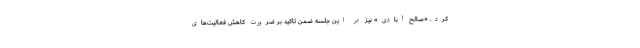
کرد. «صالح آبادی» نیز در این جلسه ضمن تاکید بر ضرورت کاهش فعالیت‌های